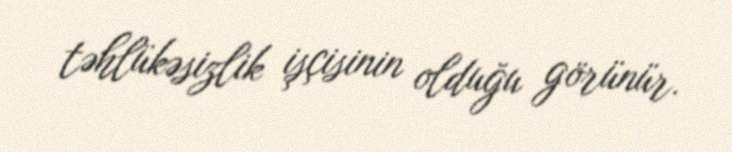
təhlükəsizlik işçisinin olduğu görünür.